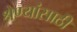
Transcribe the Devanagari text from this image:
श्रेण्यांसाठी